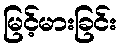
မြင့်မားခြင်း